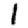
Digit: 1